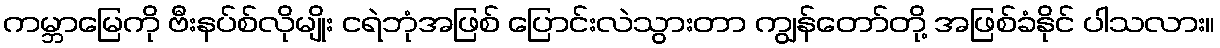
ကမ္ဘာမြေကို ဗီးနပ်စ်လိုမျိုး ငရဲဘုံအဖြစ် ပြောင်းလဲသွားတာ ကျွန်တော်တို့ အဖြစ်ခံနိုင် ပါသလား။